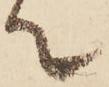
て